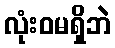
လုံးဝမရှိဘဲ